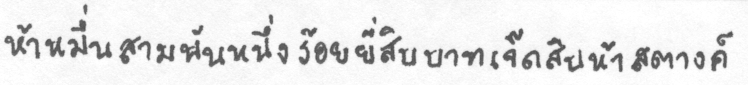
ห้าหมื่นสามพันหนึ่งร้อยยี่สิบบาทเจ็ดสิบห้าสตางค์